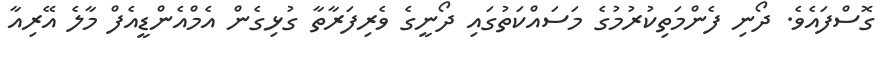
ގޮސްފައެވެ. ދޯނި ފެންމަތިކުރުމުގެ މަސައްކަތުގައި ދޯނީގެ ވެރިފަރާތާ ގުޅިގެން އެމްއެންޑީއެފް މާލެ އޭރިއާ